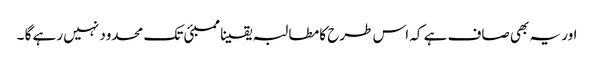
اور یہ بھی صاف ہے کہ اس طرح کا مطالبہ یقینا ممبئی تک محدود نہیں رہے گا ۔